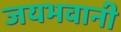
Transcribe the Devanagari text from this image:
जयभवानी